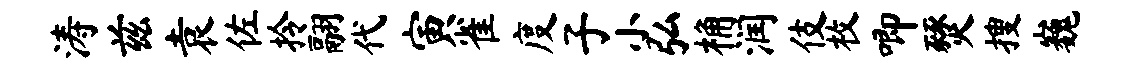
涛兹袁佐拎翮代寅雀度子小弘桷润伎枚唧燹搜巍